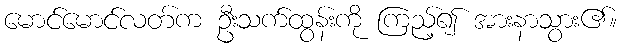
မောင်မောင်လတ်က ဦးသက်ထွန်းကို ကြည့်၍ အားနာသွား၏။